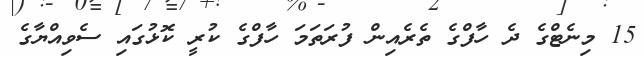
15 މިނެޓްގެ ދެ ހާފްގެ ތެރެއިން ފުރަތަމަ ހާފްގެ ކުރީ ކޮޅުގައި ސެވިއްޔާގެ